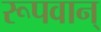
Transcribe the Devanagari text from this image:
रूपवान्